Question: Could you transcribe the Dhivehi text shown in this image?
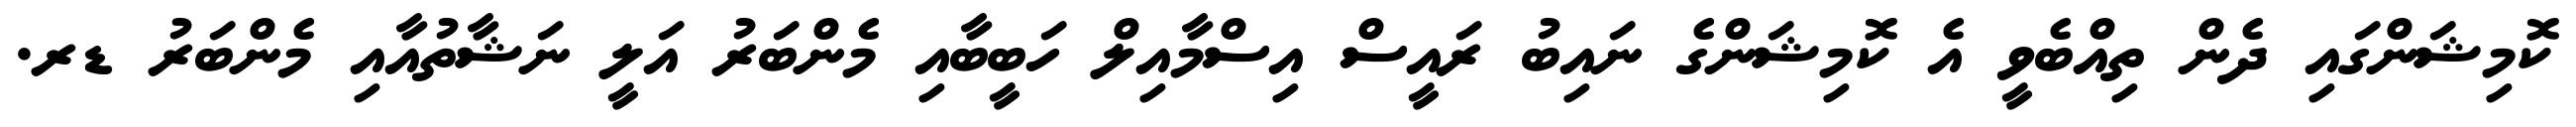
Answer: ކޮމިޝަންގައި ދެން ތިއްބެވީ އެ ކޮމިޝަންގެ ނައިބު ރައީސް އިސްމާއިލް ހަބީބާއި މެންބަރު އަލީ ނަޝާތުއާއި މެންބަރު ޑރ.